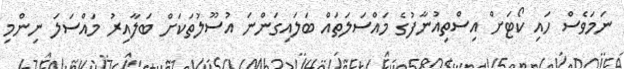
ނަމަވެސް ހައި ކޯޓަށް އިސްތިއުނާފުގެ މައްސަލަތައް ބަލައިގަންނަ އުސޫލުތަކަށް ބަލާއިރު މައްސަލަ ނިންމި